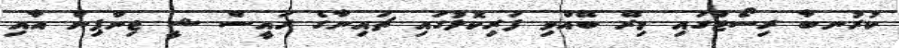
ކުރުނބާ ރިސޯޓްގައި މިރޭ ބޭއްވި ފަރިކޮޅުގައި ޗައިނާގެ ރައީސް ޝީ ޖިންޕިން އާއި